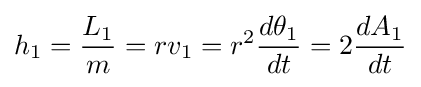
h_{1}={\frac {L_{1}}{m}}=rv_{1}=r^{2}{\frac {d\theta _{1}}{dt}}=2{\frac {dA_{1}}{dt}}